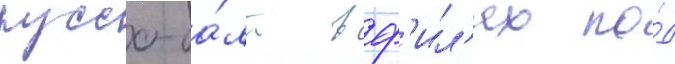
руссо-ба́лт в ф'ил'ях по́д